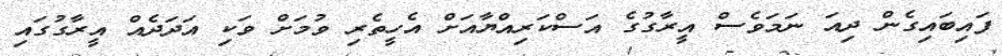
ފައިބައިގެން ދިއަ ނަމަވެސް އީރާގުގެ އަސްކަރިއްޔާއަށް އެހީތެރި ވުމަށް ވަކި އަދަދެއް އީރާގުގައި